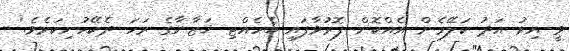
ވީ އިރު އަދު ކަލޭމެން އެއްކޮށް ފޮރުވާފައި ބެހެއްޓި ޚަޒާނާގެ ރަހަ ދެކޭހުށިކަމެވެ.'